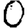
Digit: 0